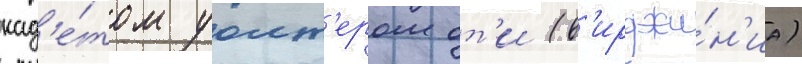
кад'е́том уолт'ером от'и (в'ирджи́н'иа)